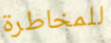
للمخاطرة